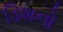
ડિશનો